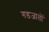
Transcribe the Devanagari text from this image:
गडजातों